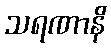
သရဏာနိ